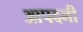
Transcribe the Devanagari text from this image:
आपदनी